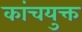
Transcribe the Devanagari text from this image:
कांचयुक्त